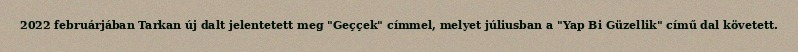
2022 februárjában Tarkan új dalt jelentetett meg "Geççek" címmel, melyet júliusban a "Yap Bi Güzellik" című dal követett.